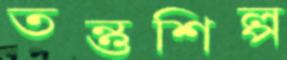
তন্তুশিল্প